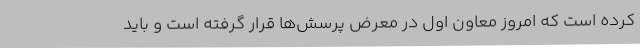
کرده است که امروز معاون اول در معرض پرسش‌ها قرار گرفته است و باید